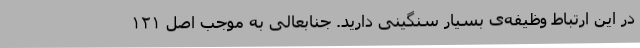
در این ارتباط وظیفه‌ی بسیار سنگینی دارید. جنابعالی به موجب اصل ۱۲۱